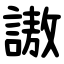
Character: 謸